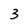
Character: 3